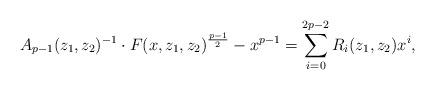
LaTeX: \begin{align*} A_{p-1}(z_1,z_2)^{-1}\cdot F(x,z_1,z_2)^{\frac{p-1}{2}}-x^{p-1}=\sum_{i=0}^{2p-2} R_i(z_1,z_2)x^i, \end{align*}